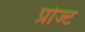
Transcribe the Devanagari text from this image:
प्रोज्ट